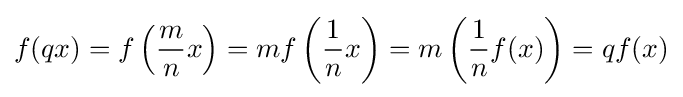
f(qx)=f\left({\frac {m}{n}}x\right)=mf\left({\frac {1}{n}}x\right)=m\left({\frac {1}{n}}f(x)\right)=qf(x)